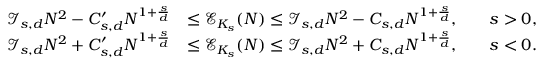
\begin{array} { r l r } { \mathcal { I } _ { s , d } N ^ { 2 } - C _ { s , d } ^ { \prime } N ^ { 1 + \frac { s } { d } } } & { \le \mathcal { E } _ { K _ { s } } ( N ) \le \mathcal { I } _ { s , d } N ^ { 2 } - C _ { s , d } N ^ { 1 + \frac { s } { d } } , \quad } & { s > 0 , } \\ { \mathcal { I } _ { s , d } N ^ { 2 } + C _ { s , d } ^ { \prime } N ^ { 1 + \frac { s } { d } } } & { \le \mathcal { E } _ { K _ { s } } ( N ) \le \mathcal { I } _ { s , d } N ^ { 2 } + C _ { s , d } N ^ { 1 + \frac { s } { d } } , \quad } & { s < 0 . } \end{array}